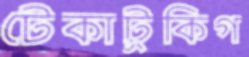
টেকাটুকিগ